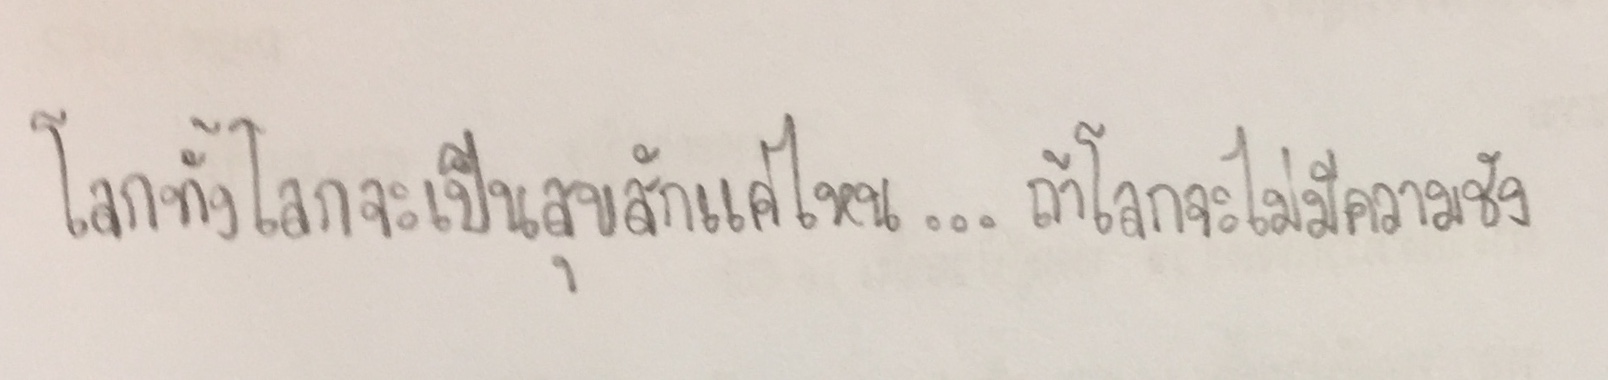
โลกทั้งโลกจะเป็นสุขสักแค่ไหน...ถ้าโลกจะไม่มีความชัง